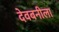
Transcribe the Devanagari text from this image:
देवबनीला